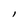
Character: l